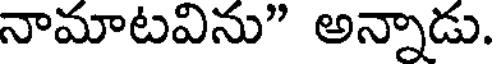
నామాటవిను" అన్నాడు.